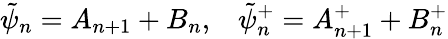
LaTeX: \tilde{\psi}_{n}=A_{n+1}+B_{n},\; \; \; \tilde{\psi}_{n}^{+}=A_{n+1}^{+}+B_{n}^{+}